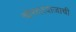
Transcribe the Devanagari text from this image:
चोरदरवाजाची